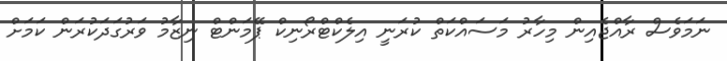
ނަމަވެސް ރާއްޖެއިން މިހާރު މަސައްކަތް ކުރަނީ އިލެކްޓްރޯނިކް ޕޭމަންޓް ނިޒާމު ވަރުގަދަކުރަން ކަމަށް